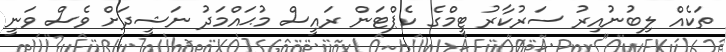
ތަކެއް ލިބުނުއިރު ސަރުކާރު ޓީމްގެ ކެޕްޓަން ރައީސް މުޙައްމަދު ނަޝީދަށް ވެސް ވަނީ